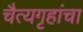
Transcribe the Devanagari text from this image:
चैत्यगृहांचा